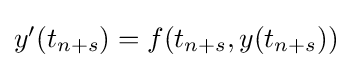
{\textstyle y'(t_{n+s})=f(t_{n+s},y(t_{n+s}))}